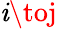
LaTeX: \mathit{i}\toj